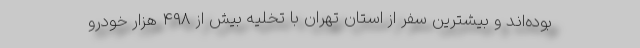
بوده‌اند و بیشترین سفر از استان تهران با تخلیه بیش از ۴۹۸ هزار خودرو